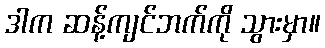
ဒါက ဆန့်ကျင်ဘက်ကို သွားမှာ။